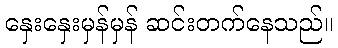
နှေးနှေးမှန်မှန် ဆင်းတက်နေသည်။